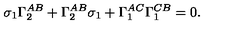
\sigma _ { 1 } \Gamma _ { 2 } ^ { A B } + \Gamma _ { 2 } ^ { A B } \sigma _ { 1 } + \Gamma _ { 1 } ^ { A C } \Gamma _ { 1 } ^ { C B } = 0 .